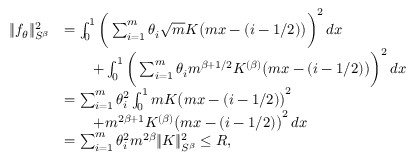
\begin{array} { r l } { \| f _ { \theta } \| _ { S ^ { \beta } } ^ { 2 } } & { = \int _ { 0 } ^ { 1 } \bigg ( \sum _ { i = 1 } ^ { m } \theta _ { i } \sqrt { m } K \big ( m x - ( i - 1 / 2 ) \big ) \bigg ) ^ { 2 } \, d x } \\ & { \qquad + \int _ { 0 } ^ { 1 } \bigg ( \sum _ { i = 1 } ^ { m } \theta _ { i } m ^ { \beta + 1 / 2 } K ^ { ( \beta ) } \big ( m x - ( i - 1 / 2 ) \big ) \bigg ) ^ { 2 } \, d x } \\ & { = \sum _ { i = 1 } ^ { m } \theta _ { i } ^ { 2 } \int _ { 0 } ^ { 1 } m K \big ( m x - ( i - 1 / 2 ) \big ) ^ { 2 } } \\ & { \qquad + m ^ { 2 \beta + 1 } K ^ { ( \beta ) } \big ( m x - ( i - 1 / 2 ) \big ) ^ { 2 } \, d x } \\ & { = \sum _ { i = 1 } ^ { m } \theta _ { i } ^ { 2 } m ^ { 2 \beta } \| K \| _ { S ^ { \beta } } ^ { 2 } \leq R , } \end{array}